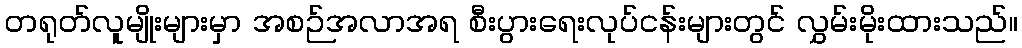
တရုတ်လူမျိုးများမှာ အစဉ်အလာအရ စီးပွားရေးလုပ်ငန်းများတွင် လွှမ်းမိုးထားသည်။